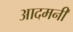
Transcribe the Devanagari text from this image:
आदमनी